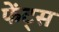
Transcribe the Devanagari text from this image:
फेंट्स